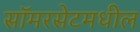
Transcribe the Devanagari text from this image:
सॉमरसेटमधील